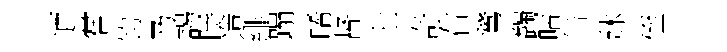
迺嘗钧乃謁時造緋蹋晞督七奇右鵞蠲呫缶牀侄